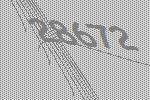
28672